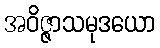
အဝိဇ္ဇာသမုဒယော